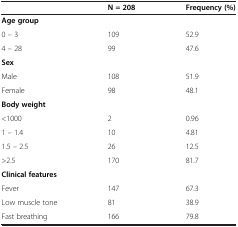
<table><thead><tr><td></td><td><b>N = 208</b></td><td><b>Frequency (%)</b></td></tr></thead><tbody><tr><td><b>Age group</b></td><td></td><td></td></tr><tr><td>0 – 3</td><td>109</td><td>52.9</td></tr><tr><td>4 – 28</td><td>99</td><td>47.6</td></tr><tr><td><b>Sex</b></td><td></td><td></td></tr><tr><td>Male</td><td>108</td><td>51.9</td></tr><tr><td>Female</td><td>98</td><td>48.1</td></tr><tr><td><b>Body weight</b></td><td></td><td></td></tr><tr><td>&lt;1000</td><td>2</td><td>0.96</td></tr><tr><td>1 – 1.4</td><td>10</td><td>4.81</td></tr><tr><td>1.5 – 2.5</td><td>26</td><td>12.5</td></tr><tr><td>&gt;2.5</td><td>170</td><td>81.7</td></tr><tr><td><b>Clinical features</b></td><td></td><td></td></tr><tr><td>Fever</td><td>147</td><td>67.3</td></tr><tr><td>Low muscle tone</td><td>81</td><td>38.9</td></tr><tr><td>Fast breathing</td><td>166</td><td>79.8</td></tr></tbody></table>